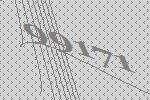
99171